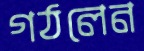
গঠলেন